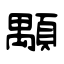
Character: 顒